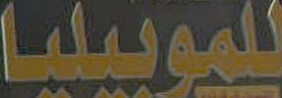
للموبيليا